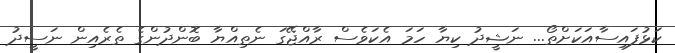
ކަޅުފައިސާއަކަށްތޯ... ނަޝީދު ކިޔާ ހަމަ އެކަވެސް ރާއްޖޭގަ ނެތިއްޔާ ބޮންދުންގެ ތެރެއިން ނަސީދު